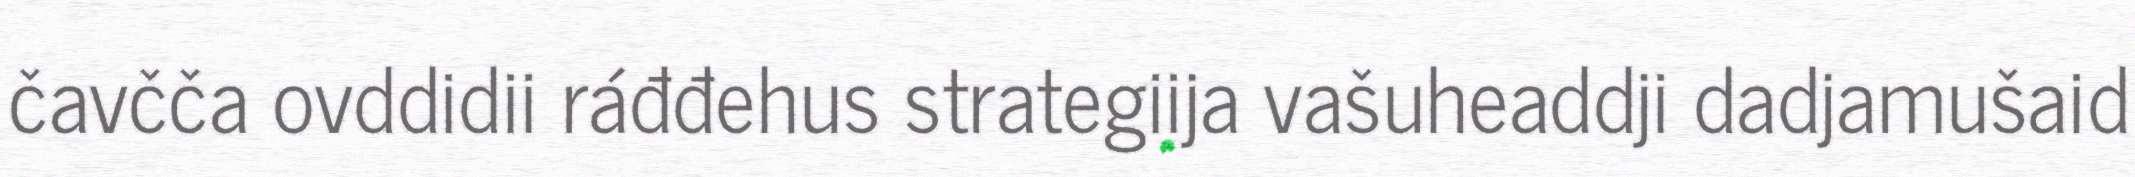
čavčča ovddidii ráđđehus strategiija vašuheaddji dadjamušaid